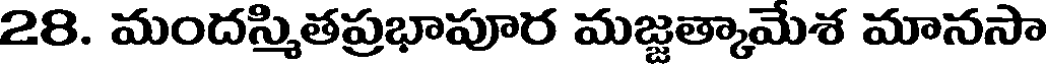
28. మందస్మితప్రభాపూర మజ్జత్కామేశ మానసా